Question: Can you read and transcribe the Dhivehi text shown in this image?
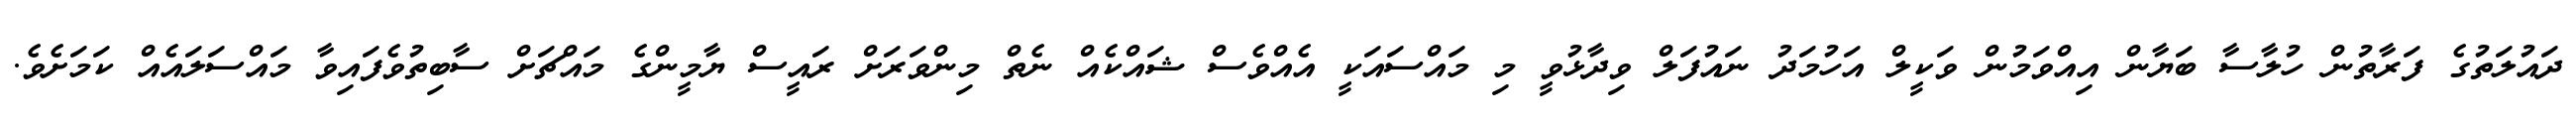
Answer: ދައުލަތުގެ ފަރާތުން ހުލާސާ ބަޔާން އިއްވަމުން ވަކީލް އަހުމަދު ނައުފަލް ވިދާޅުވީ މި މައްސައަކީ އެއްވެސް ޝައްކެއް ނެތް މިންވަރަށް ރައީސް ޔާމީންގެ މައްޗަށް ސާބިތުވެފައިވާ މައްސަލައެއް ކަމަށެވެ.